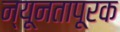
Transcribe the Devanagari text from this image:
न्यूनतापूरक